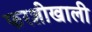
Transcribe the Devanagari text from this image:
फरशीखाली